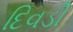
દિવડી